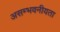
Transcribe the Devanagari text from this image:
असम्भवनीयता